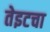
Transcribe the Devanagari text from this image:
तेइटचा